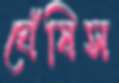
ঘেঁষিস